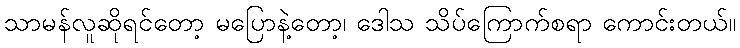
သာမန်လူဆိုရင်တော့ မပြောနဲ့တော့၊ ဒေါသ သိပ်ကြောက်စရာ ကောင်းတယ်။